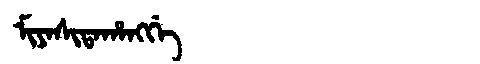
Manchu: ᠮᡳᠶᠠᠰᡳᡨᠠᡥᠠᠩᡤᡝ
Romanization: MIYASITAHANGGE